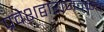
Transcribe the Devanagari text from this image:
प्रवेशद्वाराजवळच